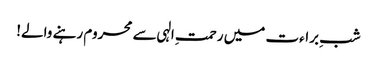
شبِ براءت میں رحمتِ الہی سے محروم رہنے والے!